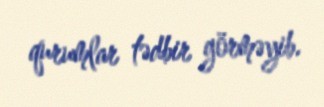
qurumlar tədbir görməyib.